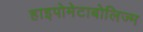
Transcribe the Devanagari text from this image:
हाइपोमेटाबोलिज्म